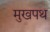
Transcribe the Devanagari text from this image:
मुखपथ